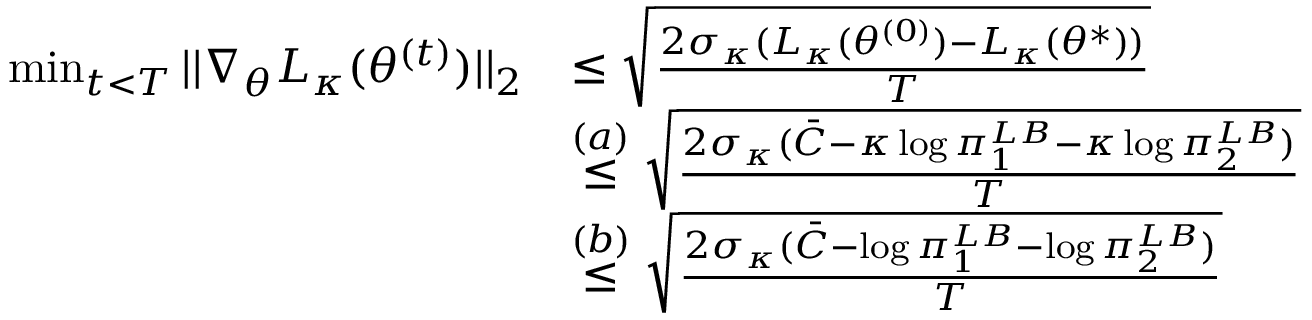
\begin{array} { r l } { \operatorname* { m i n } _ { t < T } | | \nabla _ { \theta } L _ { \kappa } ( \theta ^ { ( t ) } ) | | _ { 2 } } & { \le \sqrt { \frac { 2 \sigma _ { \kappa } ( L _ { \kappa } ( \theta ^ { ( 0 ) } ) - L _ { \kappa } ( \theta ^ { * } ) ) } { T } } } \\ & { \overset { ( a ) } { \le } \sqrt { \frac { 2 \sigma _ { \kappa } ( \bar { C } - \kappa \log \pi _ { 1 } ^ { L B } - \kappa \log \pi _ { 2 } ^ { L B } ) } { T } } } \\ & { \overset { ( b ) } { \le } \sqrt { \frac { 2 \sigma _ { \kappa } ( \bar { C } - \log \pi _ { 1 } ^ { L B } - \log \pi _ { 2 } ^ { L B } ) } { T } } } \end{array}